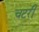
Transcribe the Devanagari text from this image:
चटरी